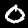
Digit: 0